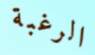
الرغبة